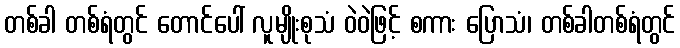
တစ်ခါ တစ်ရံတွင် တောင်ပေါ် လူမျိုးစုသံ ဝဲဝဲဖြင့် စကား ပြောသံ၊ တစ်ခါတစ်ရံတွင်